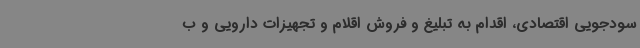
سودجویی اقتصادی، اقدام به تبلیغ و فروش اقلام و تجهیزات دارویی و ب